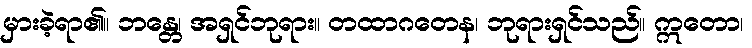
မှားခဲ့ရာ၏။ ဘန္တေ၊ အရှင်ဘုရား။ တထာဂတေန၊ ဘုရားရှင်သည်။ ဣတော၊